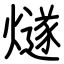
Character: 燧